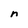
Character: n